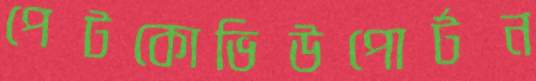
পেটকোভিউপোর্টন